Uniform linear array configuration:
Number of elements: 12
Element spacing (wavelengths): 0.75
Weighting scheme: exponential
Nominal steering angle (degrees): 45
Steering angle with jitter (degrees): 44.88
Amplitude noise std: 0.05
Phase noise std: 0.05

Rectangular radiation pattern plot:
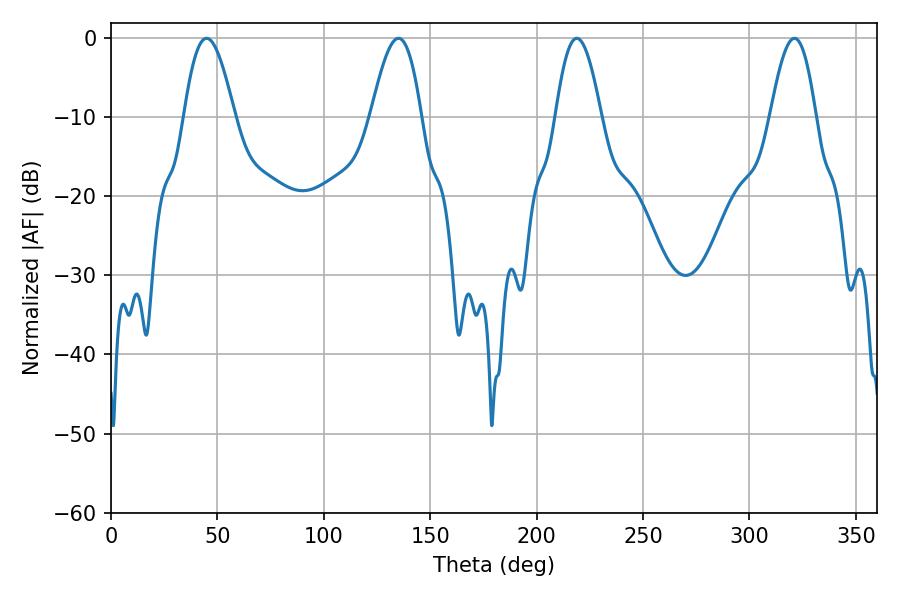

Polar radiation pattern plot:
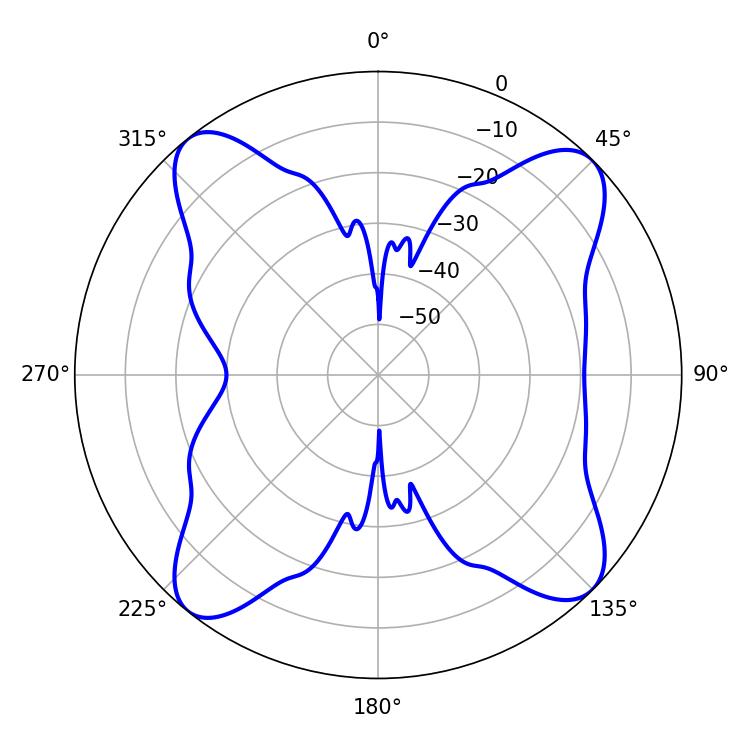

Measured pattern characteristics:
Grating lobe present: TRUE
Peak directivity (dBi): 14.087
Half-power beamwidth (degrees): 11.52
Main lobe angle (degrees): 218.88